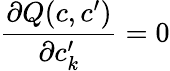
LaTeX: \frac{\partial Q(c,c^{\prime})}{\partial c_{k}^{\prime}}=0